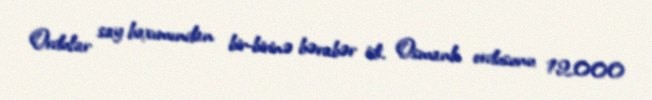
Ordular say baxımından bir-birinə bərabər idi. Osmanlı ordusunu 12.000